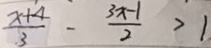
\frac { x + 4 } { . 3 } - \frac { 3 x - 1 } { 2 } > 1